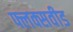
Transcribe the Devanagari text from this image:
फ्लक्सवीड